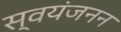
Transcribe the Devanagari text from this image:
स्वयंजनन